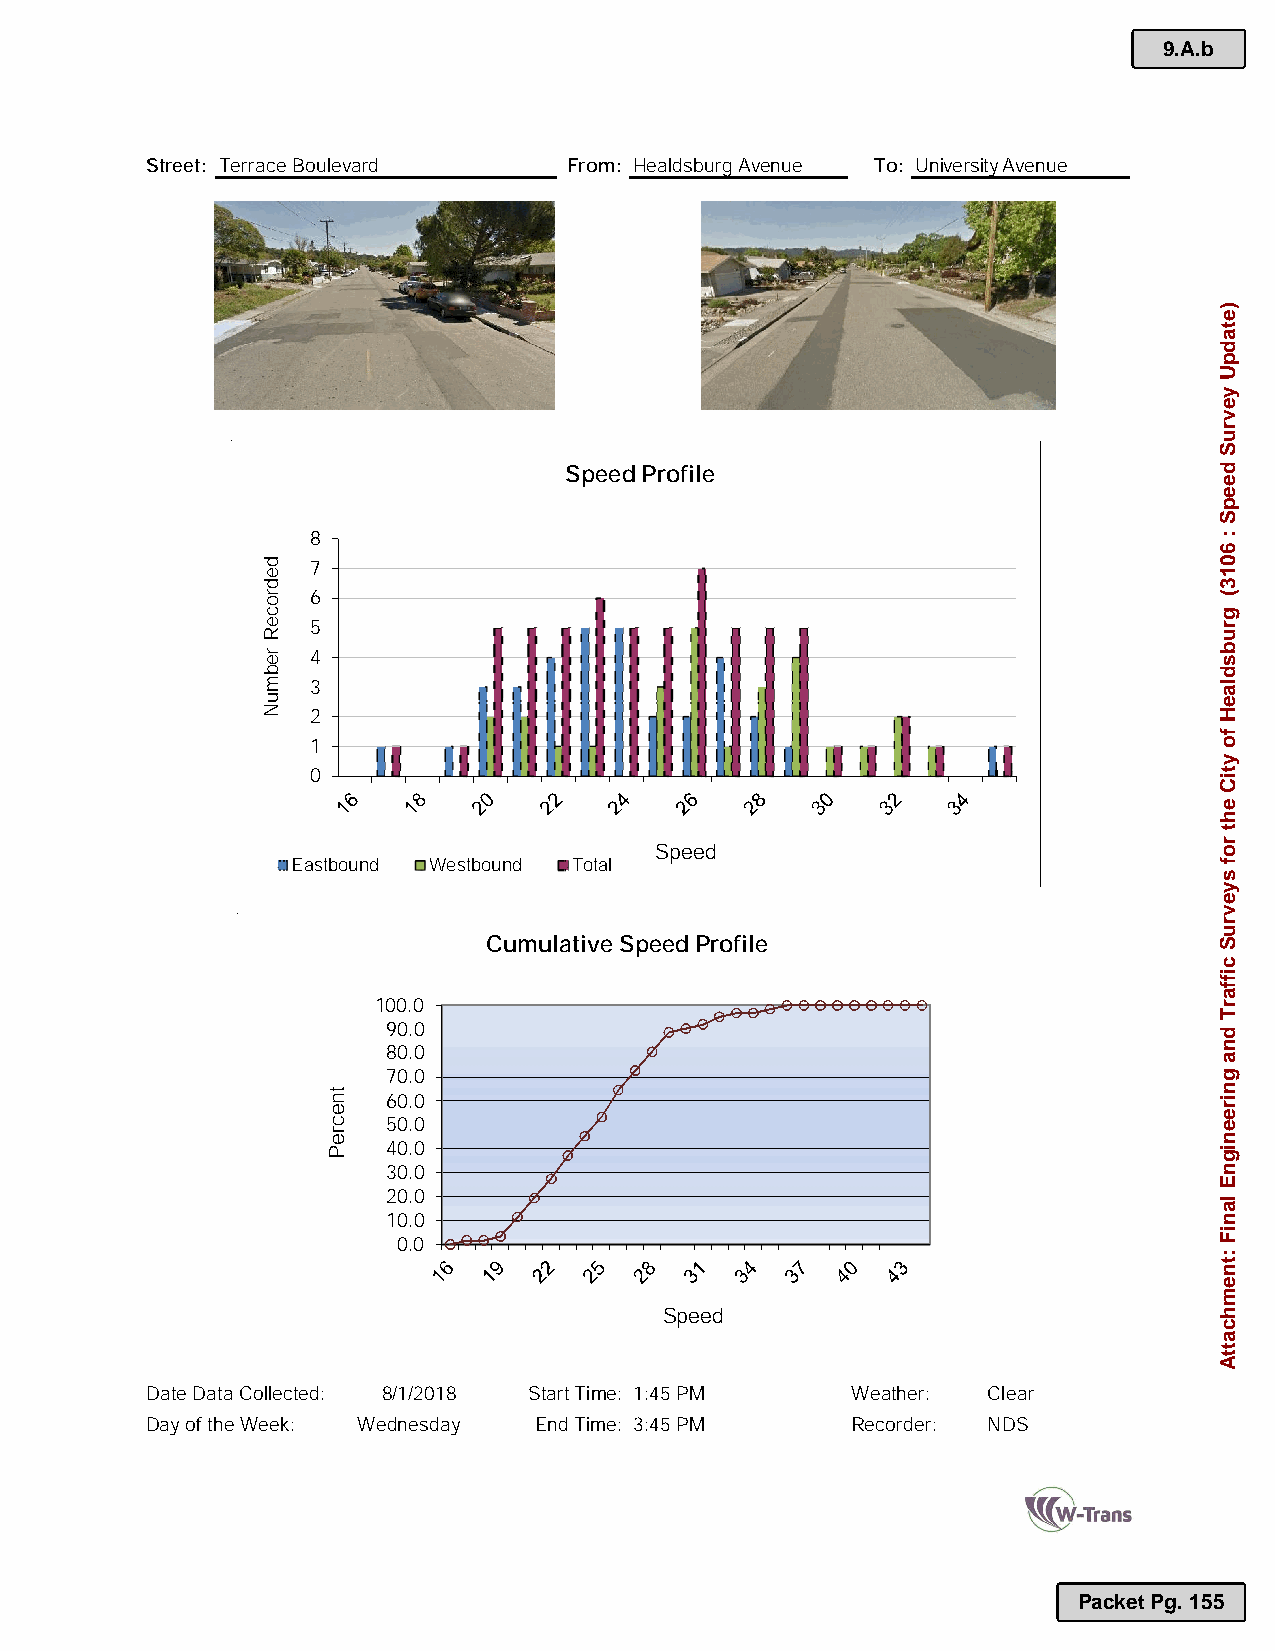
9.A.b
 Street: Terrace Boulevard   From: Healdsburg Avenue To: UniversityAvenue
 PHOTO                            PHOTO
 Speed Profile
 8
 7
 6
 5
 4
 3
 2
 1
 0
 Speed
 Eastbound Westbound Total
 Cumulative Speed Profile
 100.0
 90.0
 80.0
 70.0
 60.0
 50.0
 40.0
 30.0
 20.0
 10.0
 0.0
 Speed
 Date Data Collected: 8/1/2018 Start Time: 1:45 PM Weather: Clear
 Day of the Week: Wednesday End Time: 3:45 PM  Recorder: NDS
 Packet Pg. 155
 dedroceR
 rebmuN
 tnecreP
 )etadpU
 yevruS
 deepS
 :
 6013(
 grubsdlaeH
 fo
 ytiC
 eht
 rof
 syevruS
 ciffarT
 dna
 gnireenignE
 laniF
 :tnemhcattA